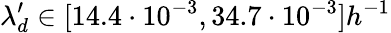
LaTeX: \lambda_{d}^{\prime}\in[14.4\cdot 10^{-3},34.7\cdot 10^{-3}]h^{-1}